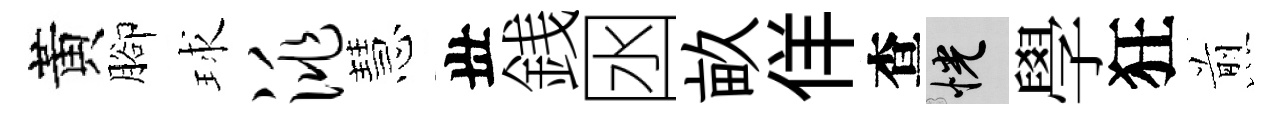
黃腳球洮慧丗銭囦畝佯查恍學狂煎